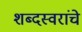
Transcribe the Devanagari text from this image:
शब्दस्वरांचे